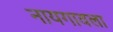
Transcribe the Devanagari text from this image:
नायगावला